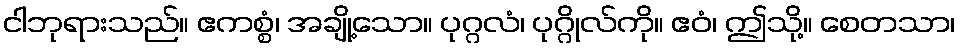
ငါဘုရားသည်။ ဧကစ္စံ၊ အချို့သော။ ပုဂ္ဂလံ၊ ပုဂ္ဂိုလ်ကို။ ဧဝံ၊ ဤသို့။ စေတသာ၊